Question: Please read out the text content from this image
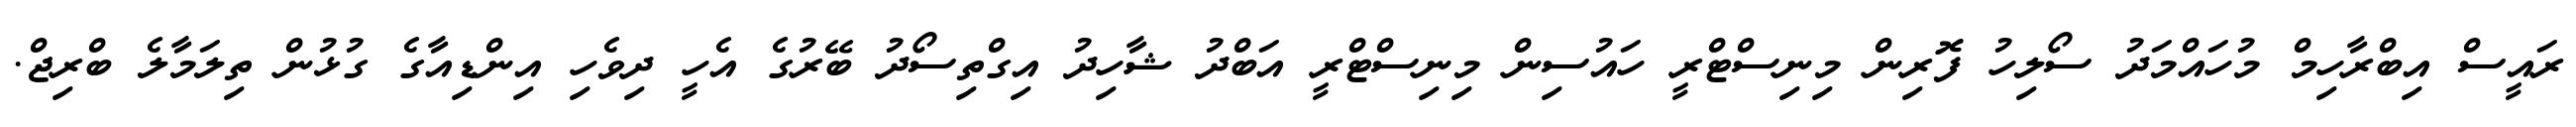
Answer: ރައީސް އިބްރާހިމް މުހައްމަދު ސޯލިހު ފޮރިން މިނިސްޓްރީ ހައުސިން މިނިސްޓްރީ އަބްދު ޝާހިދު އިގްތިސޯދު ބޭރުގެ އެހީ ދިވެހި އިންޑިއާގެ ގުޅުން ތިލަމާލެ ބްރިޖް.